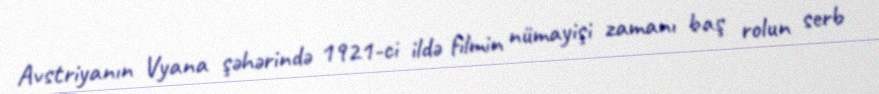
Avstriyanın Vyana şəhərində 1921-ci ildə filmin nümayişi zamanı baş rolun serb